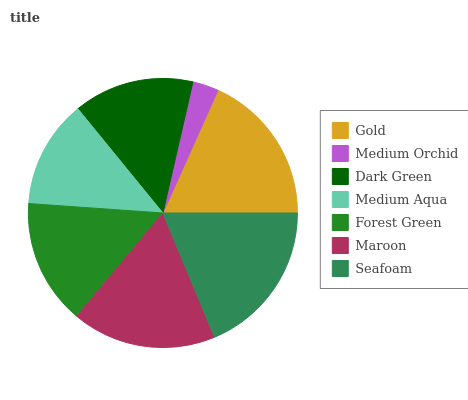
| Gold | Medium Orchid | Dark Green | Medium Aqua | Forest Green | Maroon | Seafoam |
 | --- | --- | --- | --- | --- | --- | --- |
 | 18.3% | 3.13% | 14.5% | 13% | 15% | 17.3% | 18.8% |